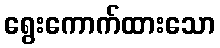
ရွေးကောက်ထားသော